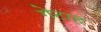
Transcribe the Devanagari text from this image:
गेटाह